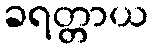
ခရတ္တာယ